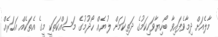
މާލެއަށް ދިމާވެފައިވާ ބޯހިޔާވަހިކަމުގެ ދަތިކަމަށް ލުޔެއް ހޯދުމުގެ މަސައްކަތަކީ މީގެ އެތަކެއް އަހަރެއް